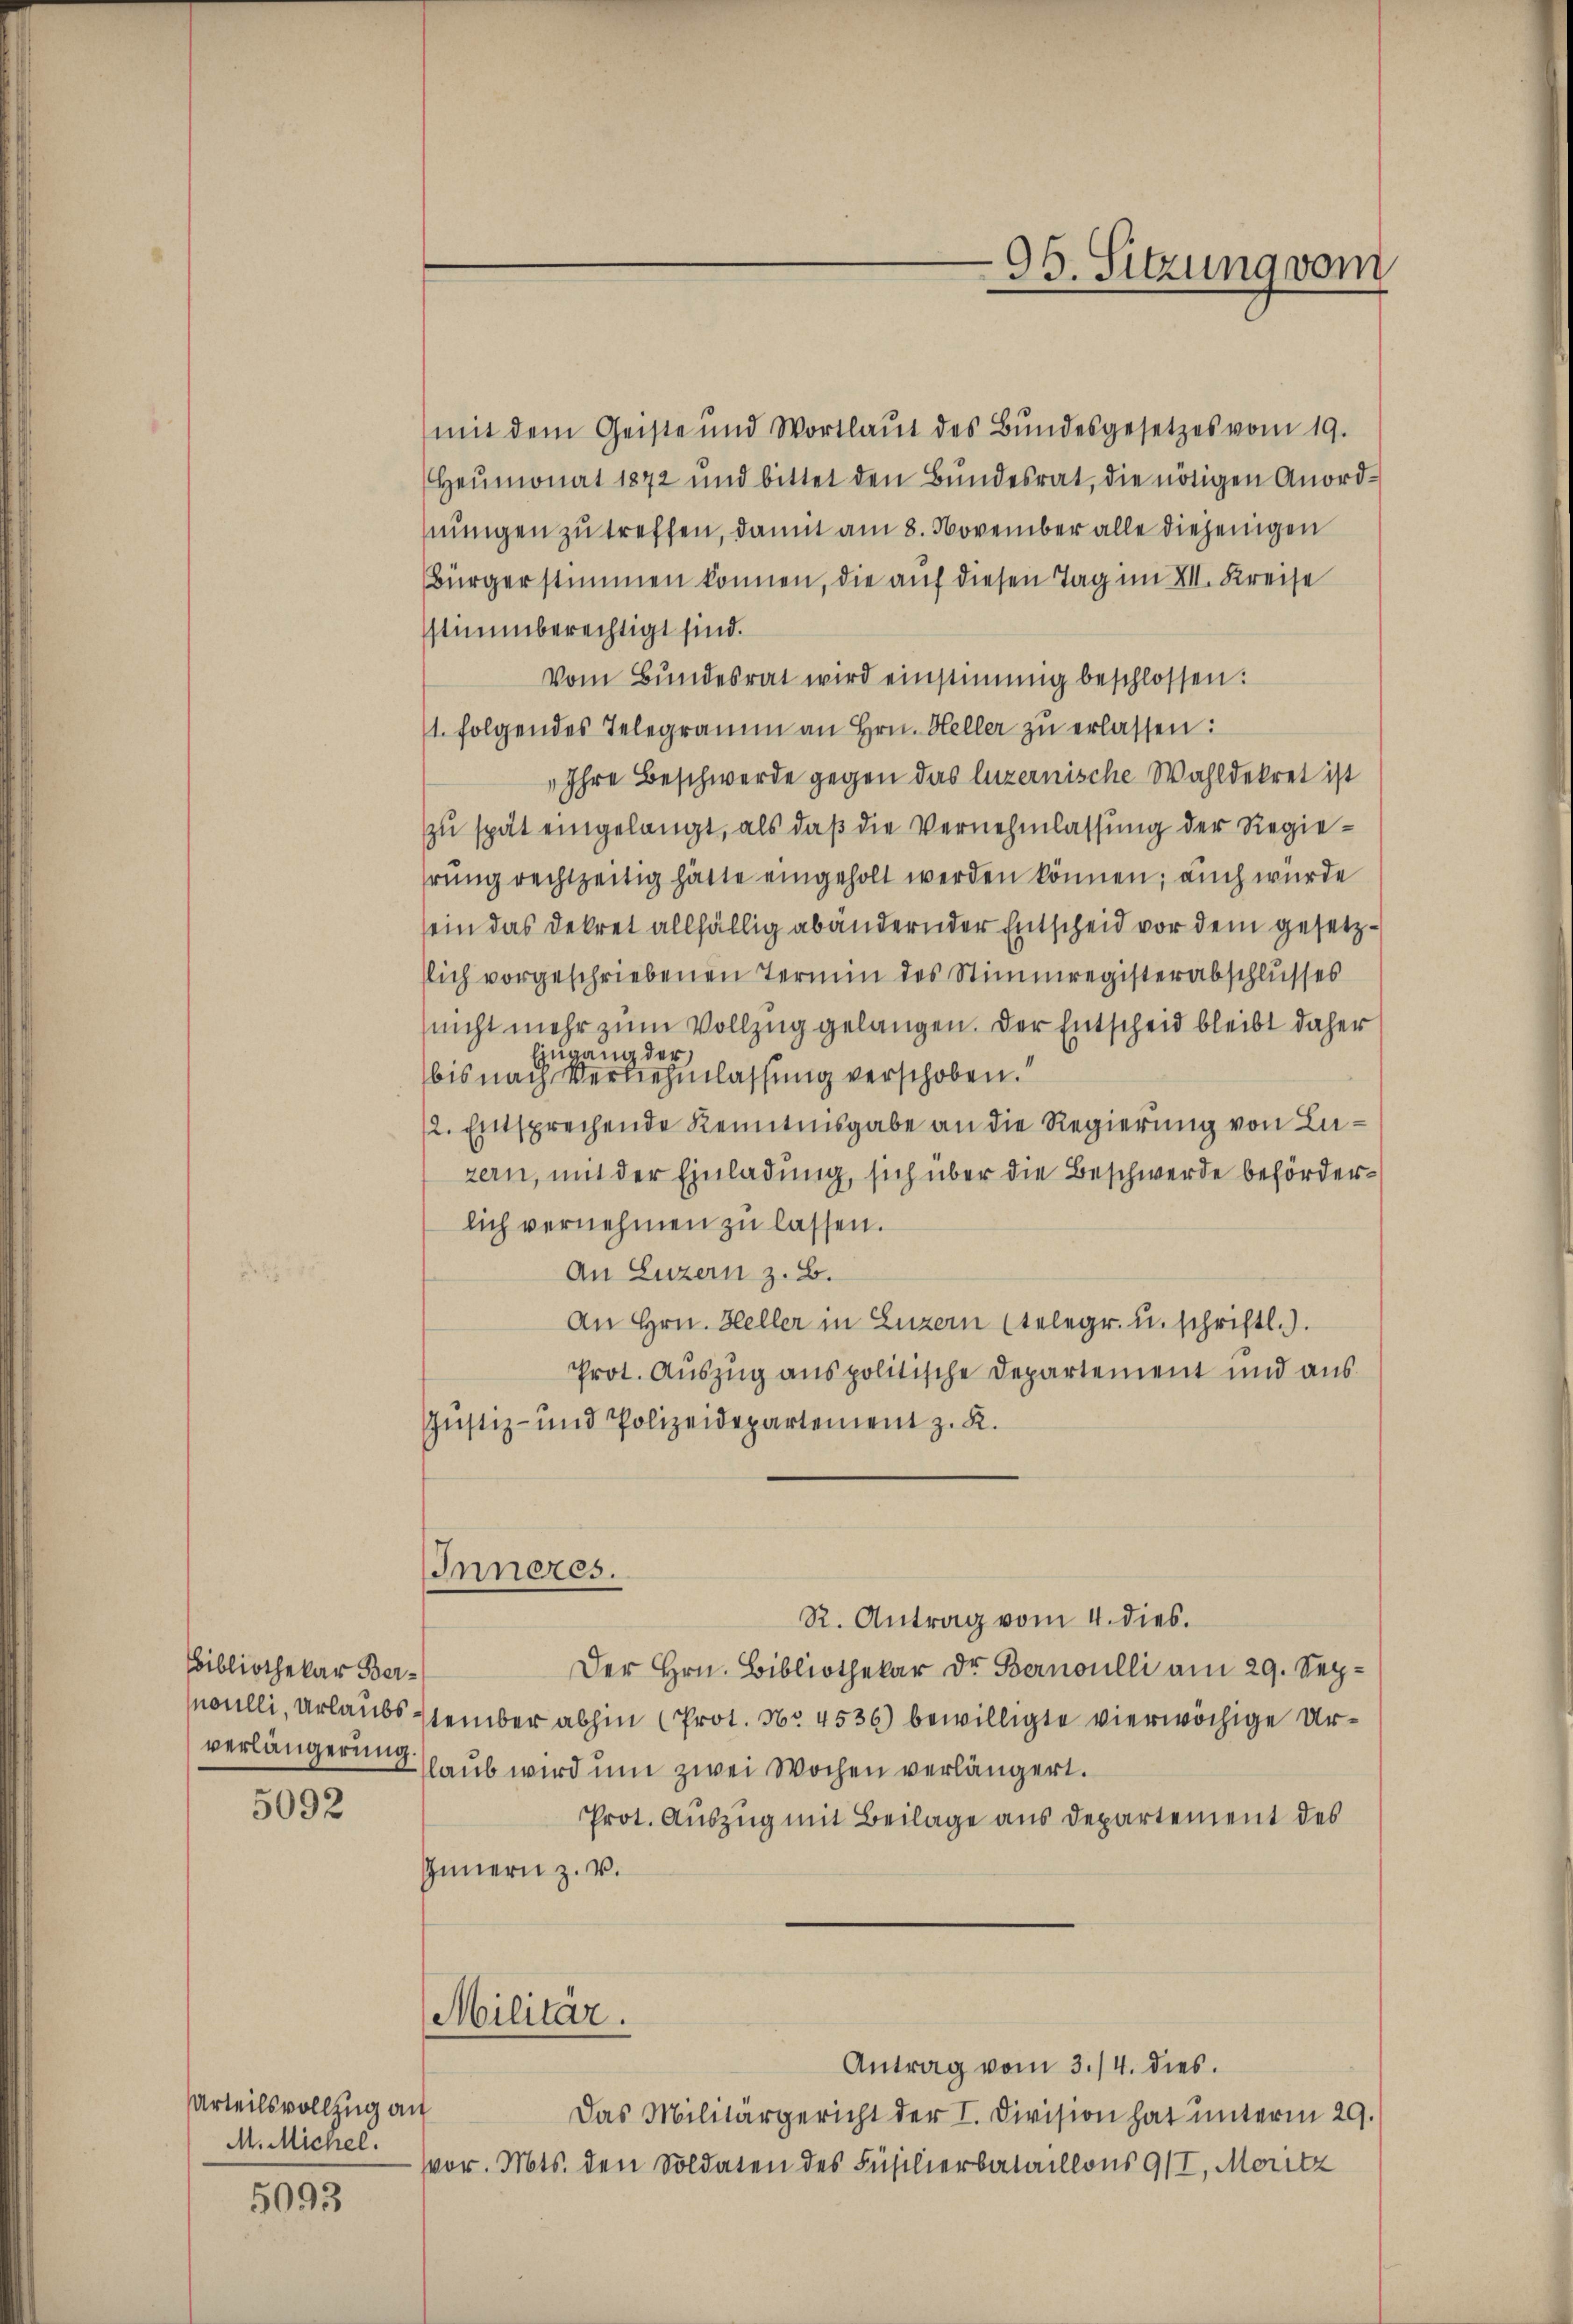
Bibliothekar Ber¬

5092

5093

Urteilsvollzug an
M. Michel.

mit dem Geiste und Wortlaŭt des Bŭndesgesetzes vom 19.
Heŭmonat 1872 und bittet den Bŭndesrat, die nötigen Anord-
nungen zu treffen, damit am 8. November alle diejenigen
Bürgerstimmen können, die auf diesen Tag im VII. Kreise
stimmberechtigt sind.
Vom Bundesrat wird einstimmig beschlossen:
1. folgendes Telegramm an Hrn. Heller zu erlassen:
„Ihre Beschwerde gegen das luzernische Wahldekret ist
zu spät eingelangt, als daß die Vernehmlassung der Regierung rechtzeitig hätte eingeholt werden können; auch wurde
sein das Dekret allfällig abändernder Entscheid vor dem gesetzslich vorgeschriebenen Termin des Stimmregisterabschlusses
nicht mehr zum Vollzug gelangen. Der Entscheid bleibt daher
Eingang der
bis nach Vernehmlassung verschoben.“
/2. Entsprechende Kenntnisgabe an die Regierung von Luzern, mit der Einladung, sich über die Beschwerde behörderlich vernehmen zu lassen.
An Luzern z. B.
An Hrn. Heller in Luzern (telegr. u. schriftl.).
Prot. Auszug aus politische Departement und aus
Justiz- und Polizeidepartement z. K.
Inneres.
R. Antrag vom 4. dies.
Der Hrn. Bibliothekar Dr. Bernoulli am 29. Sepoulli, Urlaubs stember abhin (Prot. No 4536) bewilligte vierwöchige Urverlängerunglaub wird um zwei Wochen verlängert.
Prot. Auszug mit Beilage aus Departement des
Innern z. V.
Militär.
Antrag vom 3./4. dies
Das Militärgericht der I. Division hat unterm 29.
vor. Mts. den Soldaten des Füsilierbataillons 9/I, Moritz

96. Sitzung vom